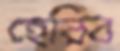
হেরিব